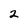
Character: 2